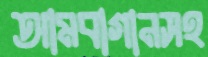
আমবাগানসহ